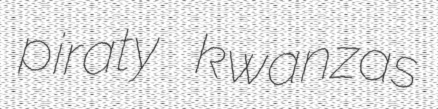
piraty kwanzas